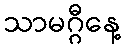
သာမဂ္ဂီနေ့